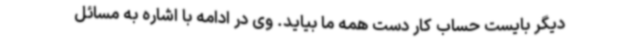
دیگر بایست حساب کار دست همه ما بیاید. وی در ادامه با اشاره به مسائل